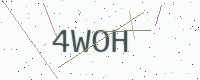
Text: 4WOH